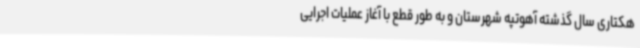
هکتاری سال گذشته آهوتپه شهرستان و به طور قطع با آغاز عملیات اجرایی